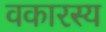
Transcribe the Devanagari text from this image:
वकारस्य